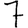
Digit: 7